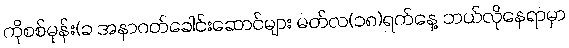
ကိုစစ်မုန်း(ခ အနာဂတ်ခေါင်းဆောင်များ မတ်လ(၁၈)ရက်နေ့ ဘယ်လိုနေရာမှာ